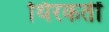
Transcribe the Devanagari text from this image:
थिरकतीं